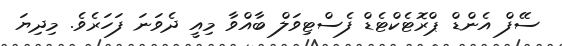
ސޭފް އެންޑް ޕްރޮޓެކްޓެޑް ފެސްޓިވަލް ބާއްވާ މިއީ ދެވަނަ ފަހަރެވެ. މިދިޔަ